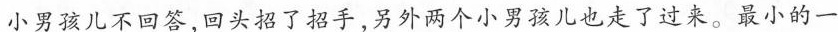
小男孩儿不回答，回头招了招手，另外两个小男孩儿也走了过来。最小的一